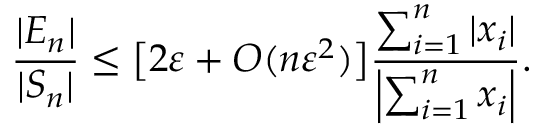
{ \frac { | E _ { n } | } { | S _ { n } | } } \leq { \big [ } 2 \varepsilon + O ( n \varepsilon ^ { 2 } ) { \big ] } { \frac { \sum _ { i = 1 } ^ { n } | x _ { i } | } { \left| \sum _ { i = 1 } ^ { n } x _ { i } \right| } } .